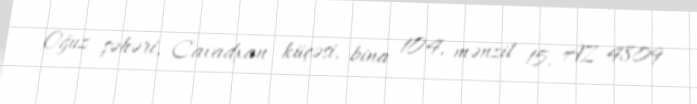
Oğuz şəhəri, Cavadxan küçəsi, bina 104, mənzil 15, AZ 4809